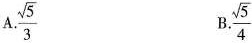
A. \frac{ \sqrt{5}}{3} B.\frac{ \sqrt{5}}{4}